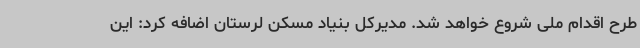
طرح اقدام ملی شروع خواهد شد. مدیرکل بنیاد مسکن لرستان اضافه کرد: این